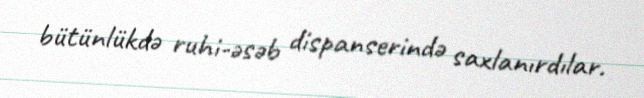
bütünlükdə ruhi-əsəb dispanserində saxlanırdılar.